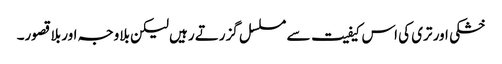
خشکی اور تری کی اس کیفیت سے مسلسل گزرتے رہیں لیکن بلاوجہ اور بلا قصور۔